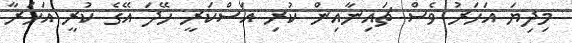
މިދިޔަ އަހަރު ވެސް ޗައިނާއިން ކުރި އަސްކަރީ ހޭދަ އޭގެ ކުރީ އަހަރާ